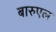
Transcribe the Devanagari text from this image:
बारुएल